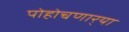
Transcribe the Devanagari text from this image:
पोहोचणार्‍या